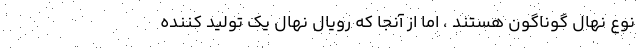
نوع نهال گوناگون هستند ، اما از آنجا که رویال نهال یک تولید کننده